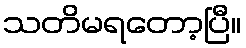
သတိမရတော့ပြီ။